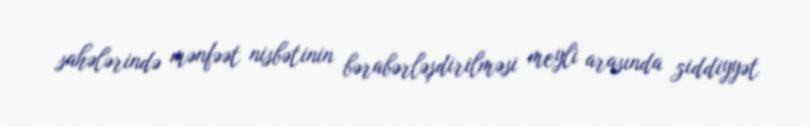
sahələrində mənfəət nisbətinin bərabərləşdirilməsi meyli arasında ziddiyyət